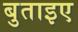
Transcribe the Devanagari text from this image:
बुताइए